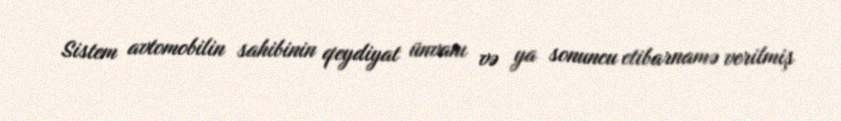
Sistem avtomobilin sahibinin qeydiyat ünvanı və ya sonuncu etibarnamə verilmiş